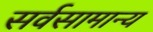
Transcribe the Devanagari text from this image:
सर्वसामान्‍य